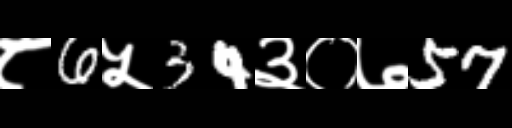
Text: ८6५34३०७57